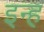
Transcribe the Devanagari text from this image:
इन्ह